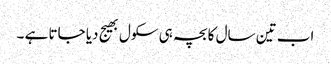
اب تین سال کا بچہ ہی سکول بھیج دیا جاتا ہے ۔